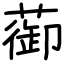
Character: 蓹